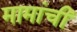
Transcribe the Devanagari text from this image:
मामांची